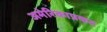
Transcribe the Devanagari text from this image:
अमेरिकाप्रकट